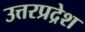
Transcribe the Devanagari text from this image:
उत्तरप्रद्रेश